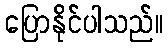
ပြောနိုင်ပါသည်။